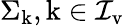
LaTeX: \Sigma_{\mathrm{k}},\mathrm{k}\in\mathcal{I}_{\mathrm v}